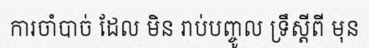
ការចាំបាច់ ដែល មិន រាប់បញ្ចូល ទ្រឹស្តីពី មុន